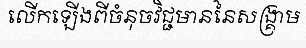
លើកឡើងពីចំនុចវិជ្ជមាននៃសង្គ្រាម